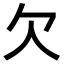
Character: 欠